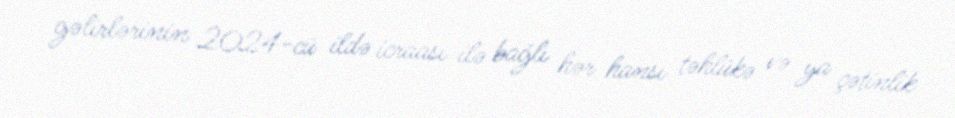
gəlirlərinin 2024-cü ildə icraası ilə bağlı hər hansı təhlükə və ya çətinlik